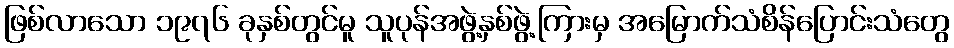
ဖြစ်လာသော ၁၉၇၆ ခုနှစ်တွင်မူ သူပုန်အဖွဲ့နှစ်ဖွဲ့ကြားမှ အမြောက်သံစိန်ပြောင်းသံတွေ